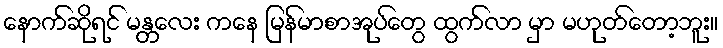
နောက်ဆိုရင် မန္တလေး ကနေ မြန်မာစာအုပ်တွေ ထွက်လာ မှာ မဟုတ်တော့ဘူး။